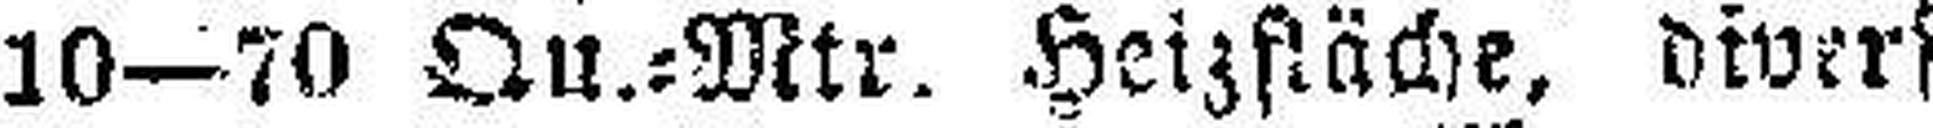
von 10—70 Qu.=Mtr. Heizfläche, diverse